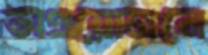
অপ্রয়োজনে